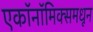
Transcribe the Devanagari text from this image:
एकॉनॉमिक्समधून